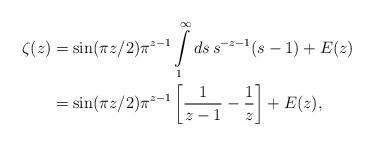
LaTeX: \begin{align*}\zeta (z) &= \sin (\pi z /2) \pi^{z-1} \int\limits_1^\infty ds \, s^{-z-1} (s-1) + E(z) \\&= \sin (\pi z/2) \pi^{z-1} \left[ \frac 1 {z-1} - \frac 1 z \right] + E(z) , \end{align*}